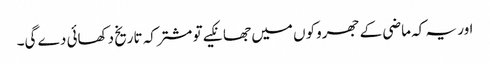
اور یہ کہ ماضی کے جھروکوں میں جھانکیے تو مشترکہ تاریخ دکھائی دے گی۔